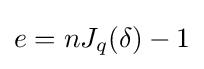
e=nJ_{q}(\delta )-1